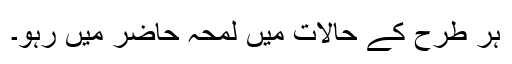
ہر طرح کے حالات میں لمحہ حاضر میں رہو۔